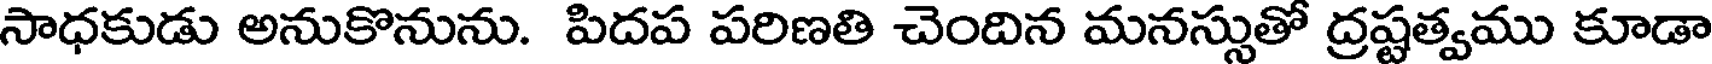
సాధకుడు అనుకొనును. పిదప పరిణతి చెందిన మనస్సుతో ద్రష్టత్వము కూడా